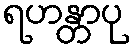
ရဟန္တာပု